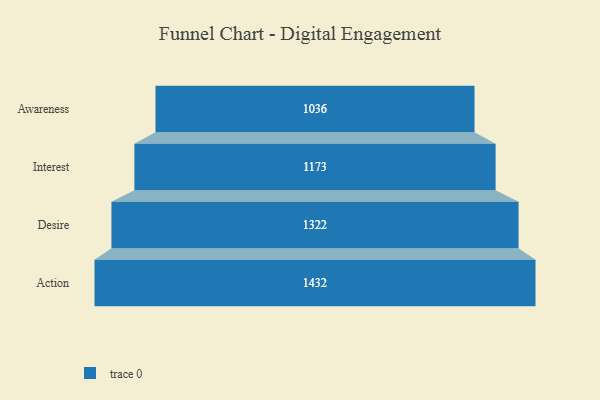
{"axis": {"x": "Stage", "y": "Value"}, "legend": [""], "data": [{"x": "Awareness", "y": 1036.0, "type": ""}, {"x": "Interest", "y": 1173.0, "type": ""}, {"x": "Desire", "y": 1322.0, "type": ""}, {"x": "Action", "y": 1432.0, "type": ""}]}